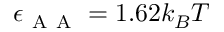
\epsilon _ { \mathrm { ~ A ~ A ~ } } = 1 . 6 2 k _ { B } T